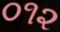
૦૧૨